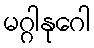
မဂ္ဂါနုဂေါ